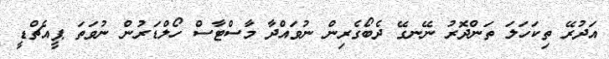
އަދުރޭ ތިކަހަލަ ތަންދޮރު ނޭނގޭ ދެބޯގެރިން ނުވައްދާ މާސްޓާސް ހޯލްޑަރުން ނުވަތަ ޕީއެޗްޑީ